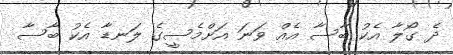
ދެ ގޯލާ އެކު ބާސާ އެއް ވަނަ އަށްމެސީގެ ލަނޑާ އެކު ބާސާ